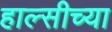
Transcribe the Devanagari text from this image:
हाल्सीच्या